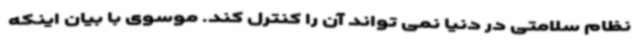
نظام سلامتی در دنیا نمی تواند آن را کنترل کند. موسوی با بیان اینکه